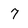
Character: 7